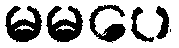
မမပေ